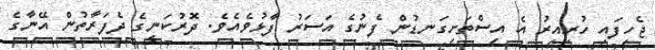
ޖެހިފައި ހުރިއިރު އެ އިސްތަށިގަނޑުން ފެނުގެ އަސަރު ފާޅުވެއެވެ. ދޮރުކަނީގެ ދެފަރާތުން އޭނާގެ